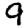
Digit: 9